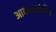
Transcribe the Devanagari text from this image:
आकाशकंदिल